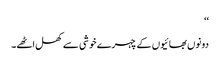
‘‘
دونوں بھائیوں کے چہرے خوشی سے کھل اٹھے۔